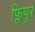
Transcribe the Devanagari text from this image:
फ्लियुर